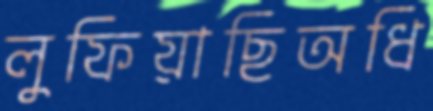
লুফিয়াছিঅধি